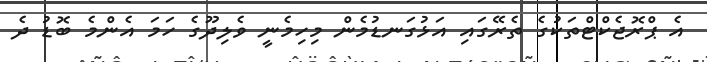
އެ ޕްރޮޖެކްޓްތަކުގެ ތެރޭގައި އަޅުގަނޑުމެން މިހިމެނީ ވެލިދޫގެ ހަމަ އެންމެ ބޮޑު ދެ